Leprosy in India: report of the Leprosy Commission in India, 1890-91
Year: 1890
Disease focus: Leprosy
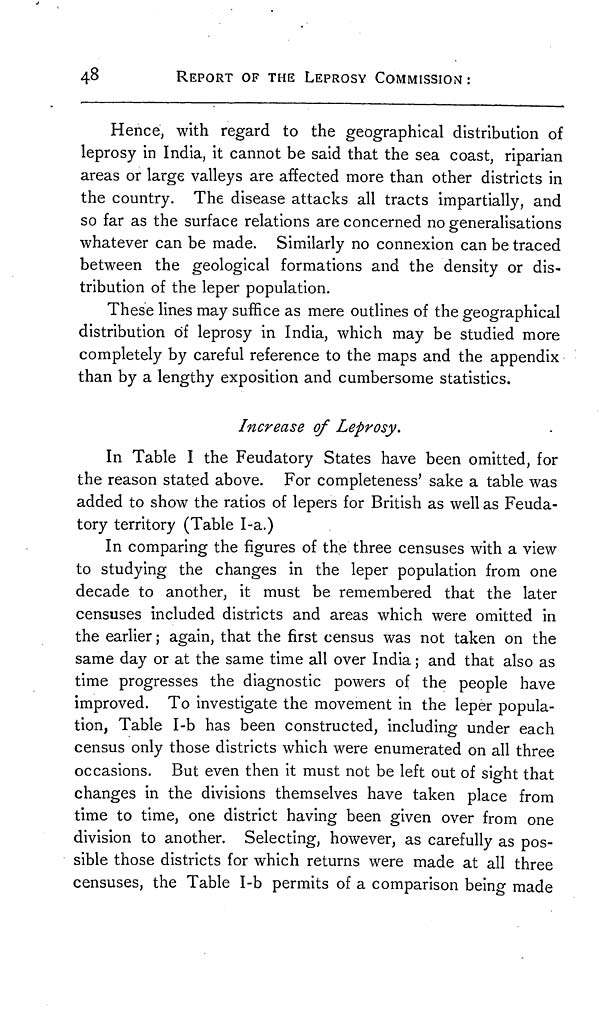
48
REPORT OF THE LEPROSY COMMISSION :
Hence, with regard to the geographical distribution of
leprosy in India, it cannot be said that the sea coast, riparian
areas or large valleys are affected more than other districts in
the country. The disease attacks all tracts impartially, and
so far as the surface relations are concerned no generalisations
whatever can be made. Similarly no connexion can be traced
between the geological formations and the density or dis-
tribution of the leper population.
These lines may suffice as mere outlines of the geographical
distribution of leprosy in India, which may be studied more
completely by careful reference to the maps and the appendix
than by a lengthy exposition and cumbersome statistics.
Increase of Leprosy.
In Table I the Feudatory States have been omitted, for
the reason stated above. For completeness' sake a table was
added to show the ratios of lepers for British as well as Feuda-
tory territory (Table I-a.)
In comparing the figures of the three censuses with a view
to studying the changes in the leper population from one
decade to another, it must be remembered that the later
censuses included districts and areas which were omitted in
the earlier ; again, that the first census was not taken on the
same day or at the same time all over India ; and that also as
time progresses the diagnostic powers of the people have
improved. To investigate the movement in the leper popula-
tion, Table I-b has been constructed, including under each
census only those districts which were enumerated on all three
occasions. But even then it must not be left out of sight that
changes in the divisions themselves have taken place from
time to time, one district having been given over from one
division to another. Selecting, however, as carefully as pos-
sible those districts for which returns were made at all three
censuses, the Table I-b permits of a comparison being made